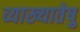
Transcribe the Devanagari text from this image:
व्याख्यातेषु